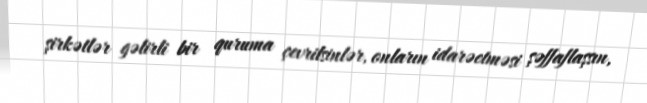
şirkətlər gəlirli bir quruma çevrilsinlər, onların idarəetməsi şəffaflaşsın,